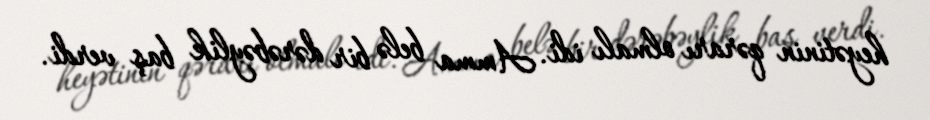
heyətinin qərarı olmalı idi. Amma belə bir dərəbəylik baş verdi.